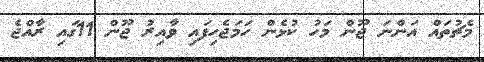
މެޗުތައް އަންނަ ޖޫން މަހު ކުޅެން ހަމަޖެހިފައި ވާއިރު ޖޫން 11ގައި ރާއްޖެ